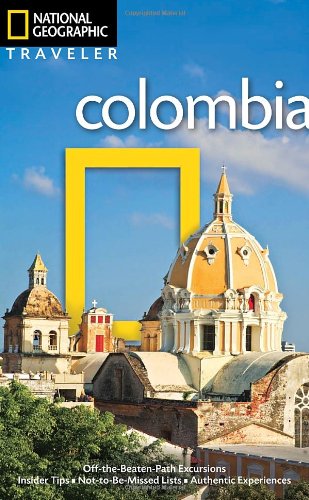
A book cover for National Geographic Traveler: Colombia; Christopher Baker; Travel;